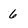
Character: 6